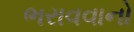
ભરાવવાનો